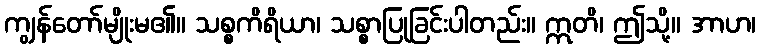
ကျွန်တော်မျိုးမ၏။ သစ္စကိရိယာ၊ သစ္စာပြုခြင်းပါတည်း။ ဣတိ၊ ဤသို့။ အာဟ၊